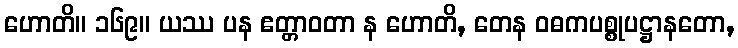
ဟောတိ။ ၁၆၉။ ယဿ ပန ဧတ္တာဝတာ န ဟောတိ, တေန ဝဓကပစ္စုပဋ္ဌာနတော,